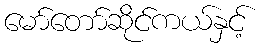
မော်တော်ဆိုင်ကယ်နှင့်